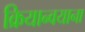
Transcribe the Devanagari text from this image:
क्रियान्वयाना